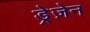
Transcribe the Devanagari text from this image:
ड्रेज़ेन